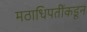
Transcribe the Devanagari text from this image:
मठाधिपतींकडून